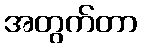
အတွက်တာ